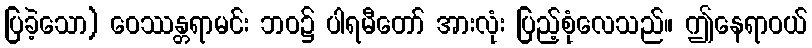
ပြခဲ့သော) ဝေဿန္တရာမင်း ဘဝ၌ ပါရမီတော် အားလုံး ပြည့်စုံလေသည်။ ဤနေရာဝယ်